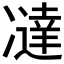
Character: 𰄍